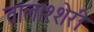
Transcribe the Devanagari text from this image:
तालाश्शेरी